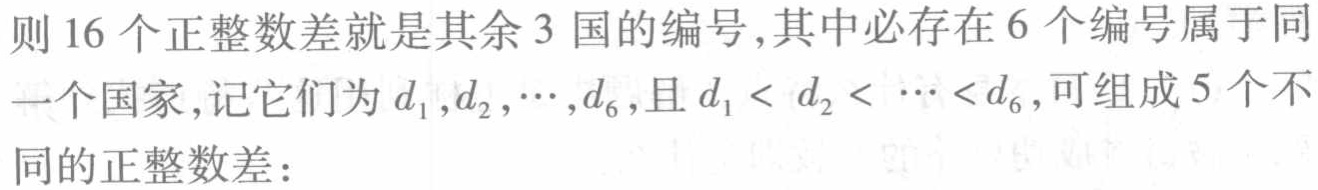
则16个正整数差就是其余3国的编号,其中必存在6个编号属于同一个国家,记它们为$d_1,d_2,\cdots,d_6$,且$d_1 < d_2 < \cdots < d_6$,可组成5个不同的正整数差：